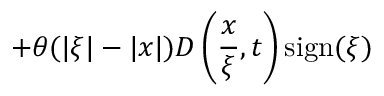
+ \theta ( | \xi | - | x | ) D \left( \frac { x } { \xi } , t \right) \mathrm { s i g n } ( \xi )